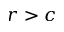
r > c